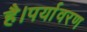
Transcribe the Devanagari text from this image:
है।पर्यावरण